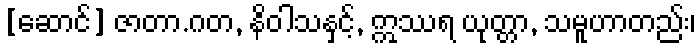
[ဆောင်] ဇာတာ.ဂတ, နိဝါသနှင့်, ဣဿရ ယုတ္တာ, သမူဟာတည်း၊